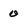
Character: 0